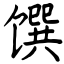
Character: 馔